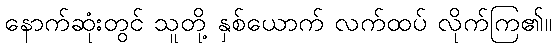
နောက်ဆုံးတွင် သူတို့ နှစ်ယောက် လက်ထပ် လိုက်ကြ၏။